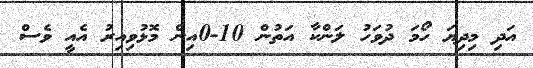
އަދި މިދިޔަ ހޯމަ ދުވަހު ލަންކާ އަތުން 10-0އިން މޮޅުވިއިރު އެއީ ވެސް